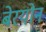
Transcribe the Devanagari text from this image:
बेरयोन